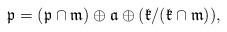
LaTeX: \begin{align*}\mathfrak{p}=(\mathfrak{p}\cap \mathfrak{m})\oplus \mathfrak{a}\oplus (\mathfrak{k}/(\mathfrak{k}\cap \mathfrak{m})),\end{align*}